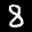
Label: 8